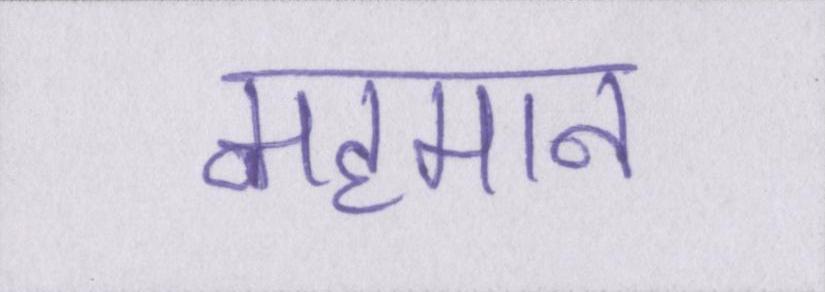
महमान